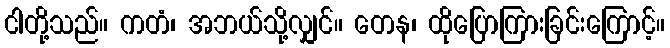
ငါတို့သည်။ ကတံ၊ အဘယ်သို့လျှင်။ တေန၊ ထိုပြောကြားခြင်းကြောင့်။